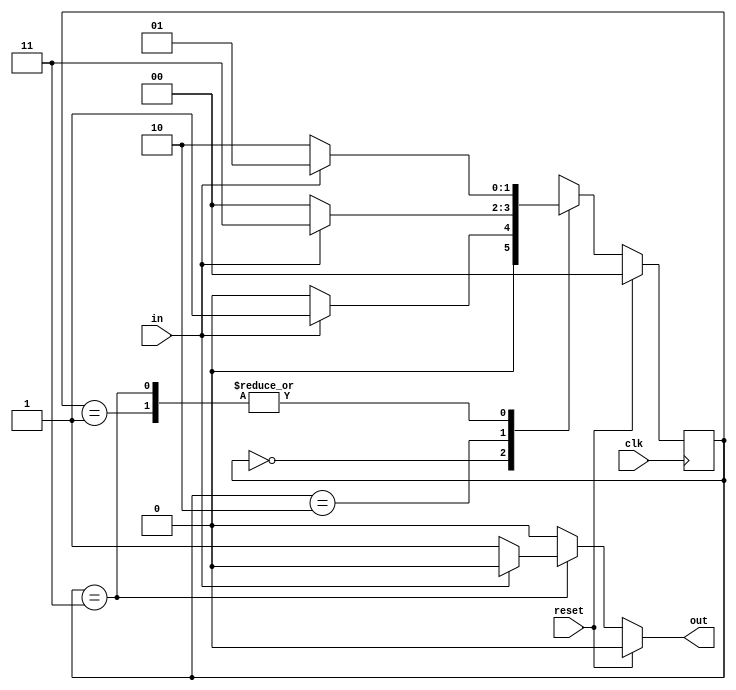
module seq_detector(clk,reset,in,out);

input clk,reset,in;
output out;

wire clk,reset;
wire in; //1-bit input
reg out; //1-bit output
parameter SIZE = 2; //setting parameter SIZE as 2

//setting parameters as different states
parameter IDLE = 2'b00,//initially 
state1 = 2'b01, //state when it gets 10 from idle state
state2= 2'b10, //state when it gets 101
state3= 2'b11; //state when it gets 1010


reg [SIZE-1:0] state; //current state
reg [SIZE-1:0] next_state; //next state
initial begin
  state = IDLE;
end

always @(state or in) begin
    next_state= IDLE; 
    case (state)

        //when it gets input after it is at IDLE state
        IDLE: if (~in) begin
         
            next_state= IDLE;    
        end
        else begin
          next_state = state1;
        end

        //when it gets input after it is at state1
        state1: if(~in) begin
          
          next_state = state2;
        end
        else begin
          next_state= state1;
     
        end

        //when it gets input after it is at state2
        state2: if(~in) begin
      
          next_state = IDLE;
        end
        else begin
          next_state = state3;
        end
        
        //when it gets input after it is at state3
        state3: if(~in) begin
          next_state= state2;
        end
        else begin  
          next_state = state1;
        end

        default:  begin
        next_state = IDLE;
        end
        
        
    endcase
    
end

always @(posedge clk) begin

    if(reset == 1'b1) begin
      
      state = IDLE; //new (8-bit) input
    end
    else begin
     
      state = next_state; //continuation of the input
    end
    
end

always @(state or in) begin 

    if(reset == 1'b1) begin
      out = 1'b0;
    end

    else begin
      if(state == state3) begin
        if(in == 1'b0) begin
          out = 1'b1; //output when it finds the sequence of 1010
        end
        else begin
          out = 1'b0; ////output when it is at any other state
        end
      end
      else begin
        out = 1'b0;
      end
    end
    
end




endmodule